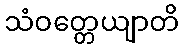
သံဝတ္တေယျာတိ